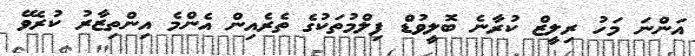
އަންނަ މަހު ރިލީޒް ކުރާނެ ބޮލީވުޑް ފިލްމުތަކުގެ ތެރެއިން އެންމެ އިންތިޒާރު ކުރެވޭ